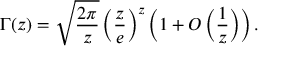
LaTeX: \Gamma ( z ) = { \sqrt { \frac { 2 \pi } { z } } } \, { \left( { \frac { z } { e } } \right) } ^ { z } \left( 1 + O \left( { \frac { 1 } { z } } \right) \right) .